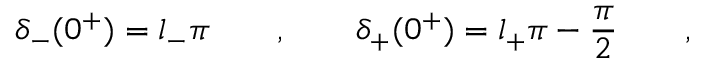
\delta _ { - } ( 0 ^ { + } ) = l _ { - } \pi \qquad , \qquad \delta _ { + } ( 0 ^ { + } ) = l _ { + } \pi - \frac { \pi } { 2 } \qquad ,